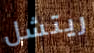
ريتشل